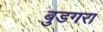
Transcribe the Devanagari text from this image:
बुडगरा